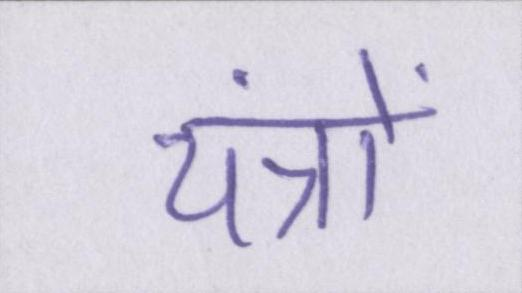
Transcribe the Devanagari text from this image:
यंत्रों